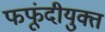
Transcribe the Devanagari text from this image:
फफूंदीयुक्त